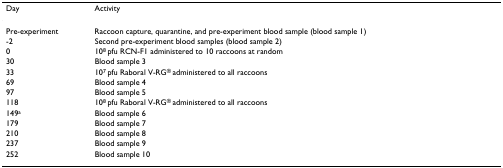
<table><thead><tr><td><b>Day</b></td><td><b>Activity</b></td></tr></thead><tbody><tr><td>Pre-experiment</td><td>Raccoon capture, quarantine, and pre-experiment blood sample (blood sample 1)</td></tr><tr><td>-2</td><td>Second pre-experiment blood samples (blood sample 2)</td></tr><tr><td>0</td><td>10<sup>8 </sup>pfu RCN-F1 administered to 10 raccoons at random</td></tr><tr><td>30</td><td>Blood sample 3</td></tr><tr><td>33</td><td>10<sup>7 </sup>pfu Raboral V-RG<sup>® </sup>administered to all raccoons</td></tr><tr><td>69</td><td>Blood sample 4</td></tr><tr><td>97</td><td>Blood sample 5</td></tr><tr><td>118</td><td>10<sup>8 </sup>pfu Raboral V-RG<sup>® </sup>administered to all raccoons</td></tr><tr><td>149<sup>a</sup></td><td>Blood sample 6</td></tr><tr><td>179</td><td>Blood sample 7</td></tr><tr><td>210</td><td>Blood sample 8</td></tr><tr><td>237</td><td>Blood sample 9</td></tr><tr><td>252</td><td>Blood sample 10</td></tr></tbody></table>